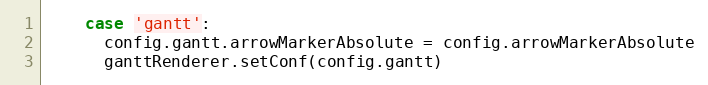
Language: JavaScript
    case 'gantt':
      config.gantt.arrowMarkerAbsolute = config.arrowMarkerAbsolute
      ganttRenderer.setConf(config.gantt)